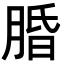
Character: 𬛆